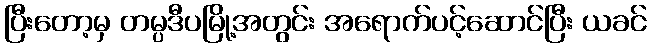
ပြီးတော့မှ တမ္ပဒီပမြို့အတွင်း အရောက်ပင့်ဆောင်ပြီး ယခင်